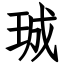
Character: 珹